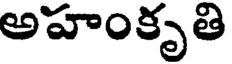
అహంకృతి